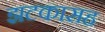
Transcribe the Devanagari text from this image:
झटकासह